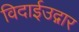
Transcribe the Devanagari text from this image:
विदाईउद्गार